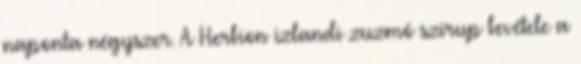
naponta négyszer. A Herbion izlandi zuzmó szirup bevétele a